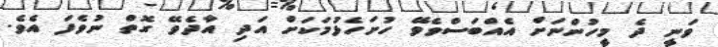
ވަނީ ދެ މީހުންނަށް އެއްބަސްވެވޭ ހުށަހެޅުމަކަށް އަދި އާދެވޭ ގޮތް ނުވެފަ އެވެ.